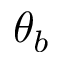
\theta _ { b }